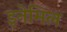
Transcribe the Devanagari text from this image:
इनेमिल